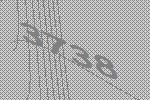
3738